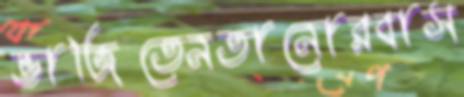
ভাজিতেনতানোরবাস